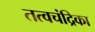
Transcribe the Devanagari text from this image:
तत्वचंद्रिका